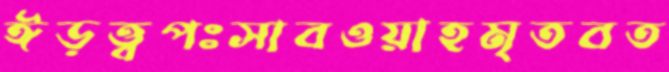
ঈড়ত্ত্বপঃসাবওয়াহমৃতবত